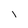
Character: l